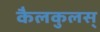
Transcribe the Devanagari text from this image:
कैलकुलस्‌